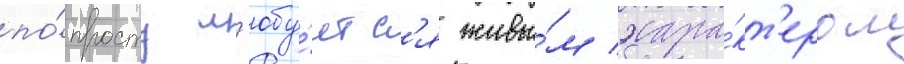
по́просту л'юбу́етс'я живы́м хара́кт'ером